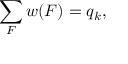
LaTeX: \sum _ { F } w ( F ) = q _ { k } ,